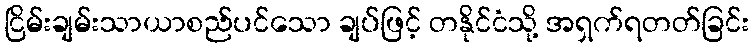
ငြိမ်းချမ်းသာယာစည်ပင်သော ချပ်ဖြင့် တနိုင်ငံသို့ အရှက်ရတတ်ခြင်း